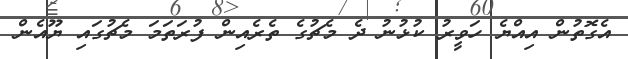
އެގޮތުން އިއްޔެ ހަވީރު ކުޅުނު ދެ މެޗުގެ ތެރެއިން ފުރަތަމަ މެޗުގައި ޔޫއެން